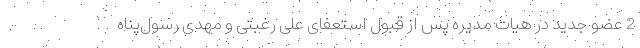
2 عضو جدید در هیات مدیره پس از قبول استعفای علی رغبتی و مهدی رسول‌پناه